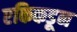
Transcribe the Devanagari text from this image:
एकिकडून